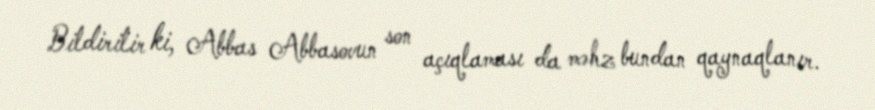
Bildirilir ki, Abbas Abbasovun son açıqlaması da məhz bundan qaynaqlanır.